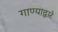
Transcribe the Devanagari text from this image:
गाण्याद्वारे